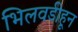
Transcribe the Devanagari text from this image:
भिलवडीहून